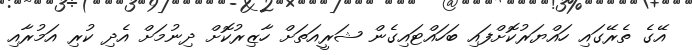
އޭގެ ތެރޭގައި ހައްޔަރުކޮށްފައި ބަހައްޓައިގެން ޝަރީއަތަށް ހާޒިރުކޮށް ދިނުމަށް އެދި ކުރި އަމުރާއި